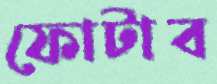
ফোটাব